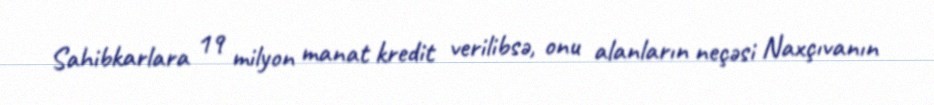
Sahibkarlara 19 milyon manat kredit verilibsə, onu alanların neçəsi Naxçıvanın